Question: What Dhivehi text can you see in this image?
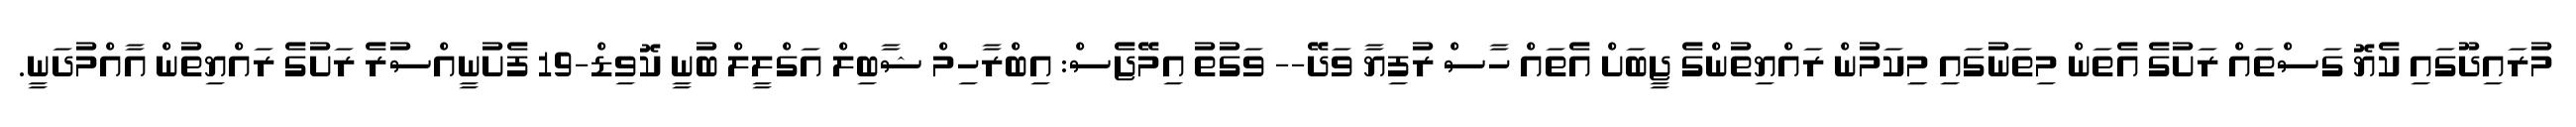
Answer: މުރައިދޫގައި ކެޔޮ ގަސްތައް ރަށުގެ އެތަން މިތަނުގައި މިިކަމުން ރައްޔިތުންގެ ޖީބަށް އެތައް ހާސް ރުފިޔާ ވަދޭ-- ވަގުތު އިމޭޖެސް: އިބްރާހިމް ޝާބިލް އަގްލީލް ބުނީ ކޮވިޑް-19 ފެށުނީއްސުރެ ރަށުގެ ރައްޔިތުން އާއްމުދަނީ.